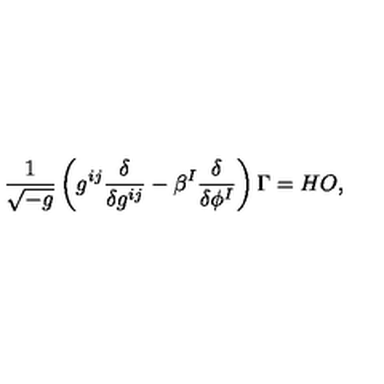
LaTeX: \frac { 1 } { \sqrt { - g } } \left( g ^ { i j } { \frac { \delta } { \delta g ^ { i j } } } - \beta ^ { I } \frac { \delta } { \delta \phi ^ { I } } \right) \Gamma = H O ,